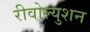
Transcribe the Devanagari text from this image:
रीवोल्युशन